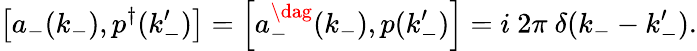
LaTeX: \left[a_{-}(k_{-}),p^{\dagger}(k_{-}^{\prime})\right]=\left[a_{-}^{\dag}(k_{-}),p(k_{-}^{\prime})\right]=i\ 2\pi\ \delta(k_{-}-k_{-}^{\prime}).